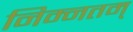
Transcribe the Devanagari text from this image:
निम्नतम्